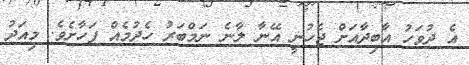
އެ ދުވަހު އާބިދާއަށް ޖެހުނީ އޭނާ ލާނެ ނަމްބަރު ހެދުމެއް ފަހާށެވެ. މިއަދު